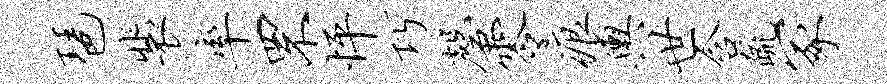
琶裴率罘怦巧磬零痕舆世含疏冢